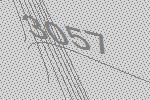
3057